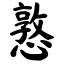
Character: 憝